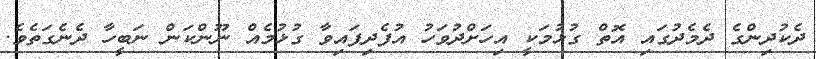
ދެކުދިންގެ ދެމެދުގައި އޮތް ގުޅުމަކީ އިހަށްދުވަހު އުފެދިފައިވާ ގުޅުމެއް ނޫންކަން ނަބީހާ ދެނެގަތެވެ.